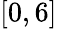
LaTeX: [0,6]